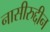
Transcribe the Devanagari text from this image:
नासीरुद्दीन